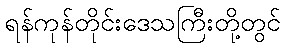
ရန်ကုန်တိုင်းဒေသကြီးတို့တွင်